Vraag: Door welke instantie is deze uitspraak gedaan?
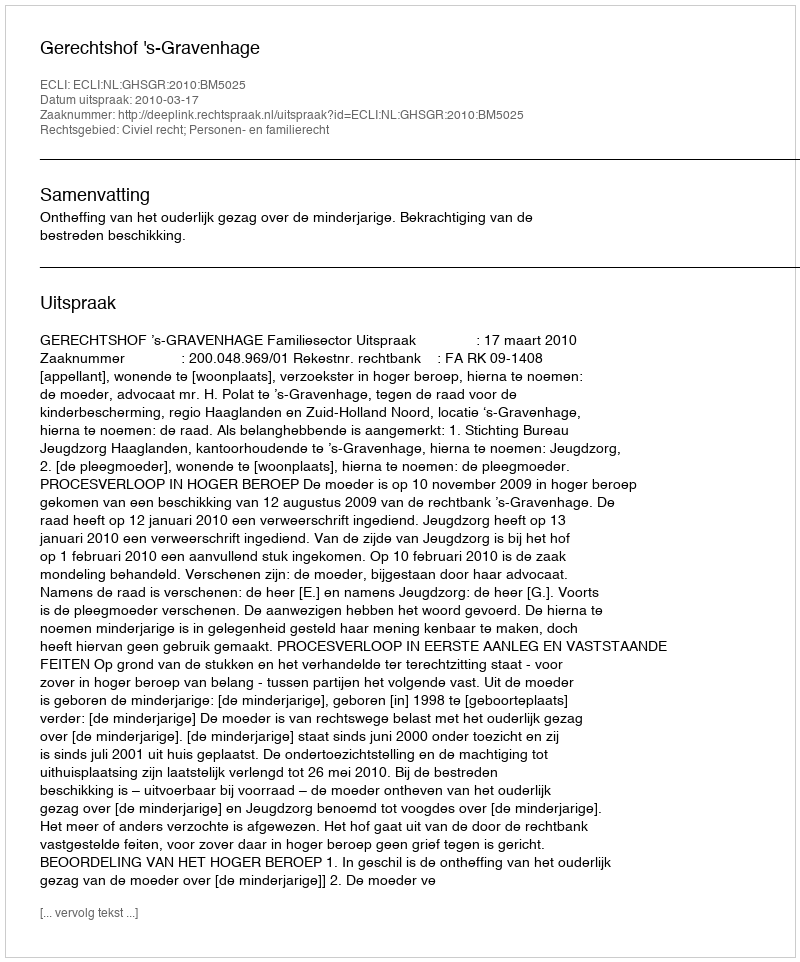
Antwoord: Gerechtshof 's-Gravenhage